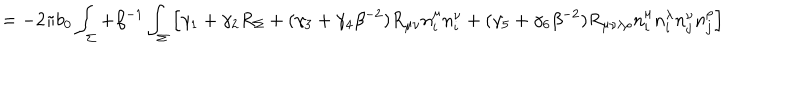
= - 2 \pi b _ { 0 } \int _ { \Sigma } + \beta ^ { - 1 } \int _ { \Sigma } \left[ \gamma _ { 1 } + \gamma _ { 2 } R _ { \Sigma } + ( \gamma _ { 3 } + \gamma _ { 4 } \beta ^ { - 2 } ) R _ { \mu \nu } n _ { i } ^ { \mu } n _ { i } ^ { \nu } + ( \gamma _ { 5 } + \gamma _ { 6 } \beta ^ { - 2 } ) R _ { \mu \nu \lambda \rho } n _ { i } ^ { \mu } n _ { i } ^ { \lambda } n _ { j } ^ { \nu } n _ { j } ^ { \rho } \right] ~ ~ ~